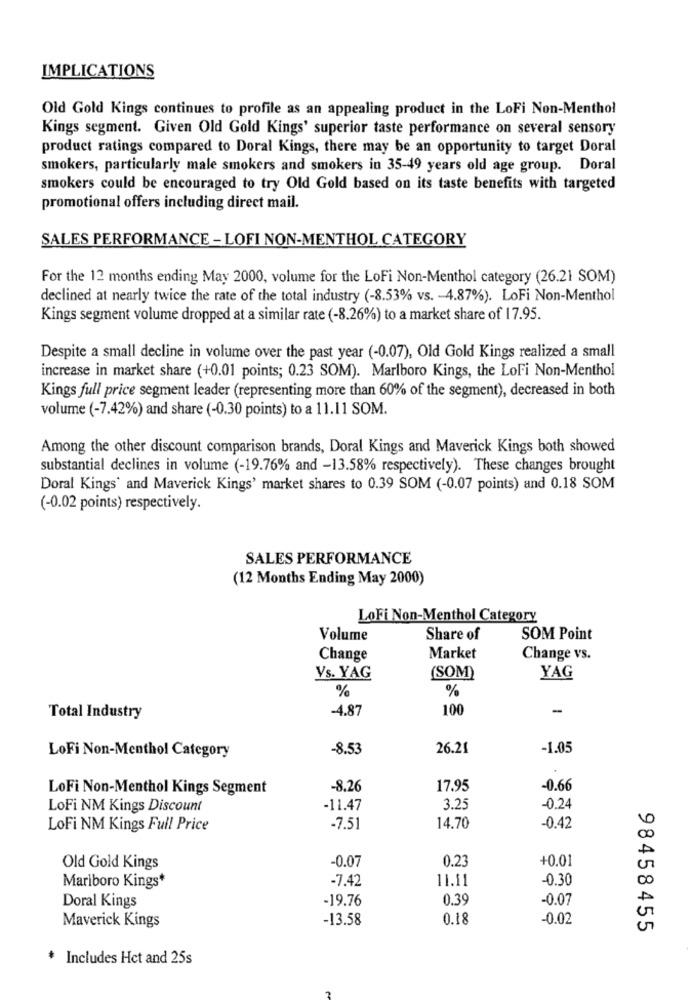
IMPLICATIONS
Old Gold Kings continues to profile as an appealing product in the LoFi Non-Menthol
Kings segment. Given Old Gold Kings' superior taste performance on several sensory
product ratings compared to Doral Kings, there may be an opportunity to target Doral
smokers, particularly male smokers and smokers in 35-49 years old age group. Doral
smokers could be encouraged to try Old Gold based on its taste benefits with targeted
promotional offers including direct mail.
SALES PERFORMANCE - LOFI NON-MENTHOL CATEGORY
For the 12 months ending May 2000, volume for the LoFi Non-Menthol category (26.21 SOM)
declined at nearly twice the rate of the total industry (-8.53% vs. - 4.87%). LoFi Non-Menthol
Kings segment volume dropped at a similar rate (-8.26%) to a market share of 17.95.
Despite a small decline in volume over the past year (-0.07), Old Gold Kings realized a small
increase in market share (+0.01 points; 0.23 SOM). Marlboro Kings, the LoFi Non-Menthol
Kings full price segment leader (representing more than 60% of the segment), decreased in both
volume (-7.42%) and share (-0.30 points) to a 11.11 SOM.
Among the other discount comparison brands, Doral Kings and Maverick Kings both showed
substantial declines in volume (-19.76% and -13.58% respectively). These changes brought
Doral Kings' and Maverick Kings' market shares to 0.39 SOM (-0.07 points) and 0.18 SOM
(-0.02 points) respectively.
SALES PERFORMANCE
(12 Months Ending May 2000)
LoFi Non-Menthol Category
Volume
Share of
SOM Point
Change
Market
Change vs.
Vs. YAG
(SOM)
YAG
%
%
-4.87
100
-
Total Industry
-8.53
26.21
-1.05
LoFi Non-Menthol Category
LoFi Non-Menthol Kings Segment
-8.26
17.95
-0.66
LoFi NM Kings Discount
-11.47
3.25
-0.24
LoFi NM Kings Full Price
-7.51
14.70
-0.42
-0.07
0.23
+0.01
Old Gold Kings
-7.42
11.11
-0.30
Marlboro Kings*
Doral Kings
-19.76
0.39
-0.07
Maverick Kings
-13.58
0.18
-0.02
98458455
Includes Hct and 25s